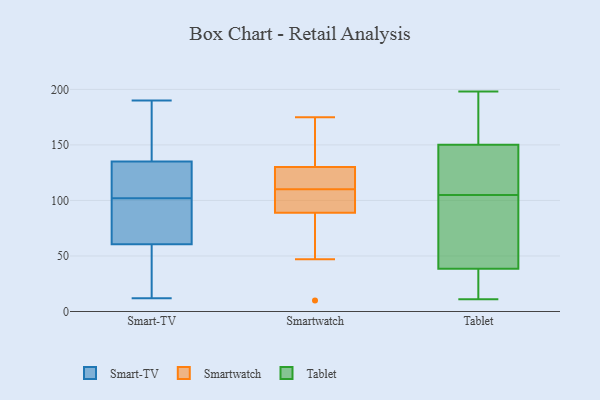
{"axis": {"x": "Net Income (USD K)", "y": "Value"}, "legend": ["Smart-TV", "Smartwatch", "Tablet"], "data": [{"x": "", "y": 78, "type": "Smart-TV"}, {"x": "", "y": 134, "type": "Smart-TV"}, {"x": "", "y": 63, "type": "Smart-TV"}, {"x": "", "y": 58, "type": "Smart-TV"}, {"x": "", "y": 12, "type": "Smart-TV"}, {"x": "", "y": 112, "type": "Smart-TV"}, {"x": "", "y": 136, "type": "Smart-TV"}, {"x": "", "y": 136, "type": "Smart-TV"}, {"x": "", "y": 82, "type": "Smart-TV"}, {"x": "", "y": 190, "type": "Smart-TV"}, {"x": "", "y": 29, "type": "Smart-TV"}, {"x": "", "y": 118, "type": "Smart-TV"}, {"x": "", "y": 54, "type": "Smart-TV"}, {"x": "", "y": 113, "type": "Smart-TV"}, {"x": "", "y": 179, "type": "Smart-TV"}, {"x": "", "y": 92, "type": "Smart-TV"}, {"x": "", "y": 94, "type": "Smartwatch"}, {"x": "", "y": 47, "type": "Smartwatch"}, {"x": "", "y": 105, "type": "Smartwatch"}, {"x": "", "y": 115, "type": "Smartwatch"}, {"x": "", "y": 143, "type": "Smartwatch"}, {"x": "", "y": 171, "type": "Smartwatch"}, {"x": "", "y": 84, "type": "Smartwatch"}, {"x": "", "y": 10, "type": "Smartwatch"}, {"x": "", "y": 94, "type": "Smartwatch"}, {"x": "", "y": 116, "type": "Smartwatch"}, {"x": "", "y": 175, "type": "Smartwatch"}, {"x": "", "y": 117, "type": "Smartwatch"}, {"x": "", "y": 105, "type": "Tablet"}, {"x": "", "y": 145, "type": "Tablet"}, {"x": "", "y": 163, "type": "Tablet"}, {"x": "", "y": 22, "type": "Tablet"}, {"x": "", "y": 31, "type": "Tablet"}, {"x": "", "y": 147, "type": "Tablet"}, {"x": "", "y": 70, "type": "Tablet"}, {"x": "", "y": 166, "type": "Tablet"}, {"x": "", "y": 39, "type": "Tablet"}, {"x": "", "y": 198, "type": "Tablet"}, {"x": "", "y": 78, "type": "Tablet"}, {"x": "", "y": 123, "type": "Tablet"}, {"x": "", "y": 114, "type": "Tablet"}, {"x": "", "y": 61, "type": "Tablet"}, {"x": "", "y": 160, "type": "Tablet"}, {"x": "", "y": 37, "type": "Tablet"}, {"x": "", "y": 11, "type": "Tablet"}]}